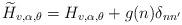
LaTeX: \begin{align*} \widetilde{H}_{v,\alpha,\theta}=H_{v,\alpha,\theta}+g(n)\delta_{n n'}\end{align*}